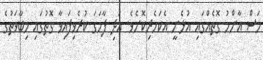
މަސް އާންމު ގޮތެއްގައި އުޅެނީ އެކަހެރިކޮށެވެ. އަދި ފާހަގަ ކުރެވިފައިވާ ގޮތުގައި މިބާވަތުގެ